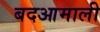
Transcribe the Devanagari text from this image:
बदआमाली